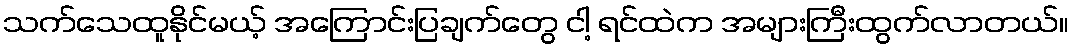
သက်သေထူနိုင်မယ့် အကြောင်းပြချက်တွေ ငါ့ ရင်ထဲက အများကြီးထွက်လာတယ်။